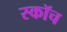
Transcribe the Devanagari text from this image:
स्‍कॉच